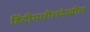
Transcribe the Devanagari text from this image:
हिंदीमधीलदेखील